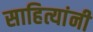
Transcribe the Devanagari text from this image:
साहित्यांनी